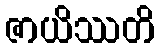
ဇာယိဿတိ